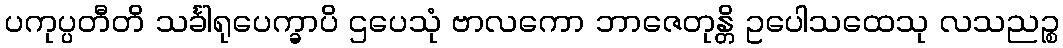
ပကုပ္ပတီတိ သင်္ခါရုပေက္ခာပိ ဌပေသုံ ဗာလကော ဘာဇေတုန္တိ ဥပေါသထေသု လသညဉ္စ